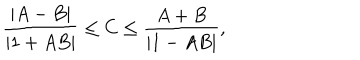
LaTeX: { \frac { | A - B | } { | 1 + A B | } } \leq C \leq { \frac { A + B } { | 1 - A B | } } ,